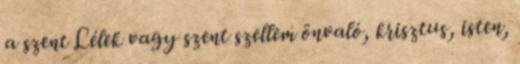
a szent Lélek vagy szent szellem önvaló, krisztus, isten,